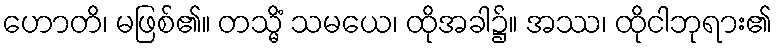
ဟောတိ၊ မဖြစ်၏။ တသ္မိံ သမယေ၊ ထိုအခါ၌။ အဿ၊ ထိုငါဘုရား၏